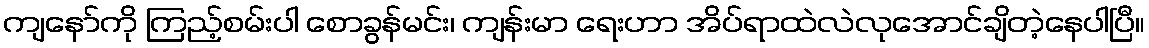
ကျနော်ကို ကြည့်စမ်းပါ စောခွန်မင်း၊ ကျန်းမာ ရေးဟာ အိပ်ရာထဲလဲလုအောင်ချိတဲ့နေပါပြီ။